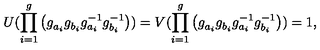
U ( \prod _ { i = 1 } ^ { g } \left( g _ { a _ { i } } ^ { } g _ { b _ { i } } ^ { } g _ { a _ { i } } ^ { - 1 } g _ { b _ { i } } ^ { - 1 } \right) ) = V ( \prod _ { i = 1 } ^ { g } \left( g _ { a _ { i } } ^ { } g _ { b _ { i } } ^ { } g _ { a _ { i } } ^ { - 1 } g _ { b _ { i } } ^ { - 1 } \right) ) = 1 ,